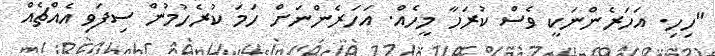
"ހިހި. އަހަރެންނަކީ ވެސް ކުރަހާ މީހެއް. އަހަރެންނަށް ހަމަ ކުރެހުމުން ސިފަވި އެއްޗެއް